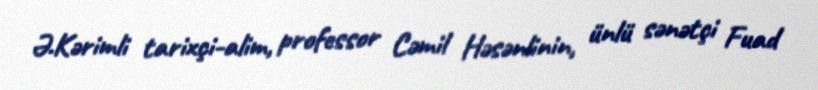
Ə.Kərimli tarixçi-alim, professor Cəmil Həsənlinin, ünlü sənətçi Fuad